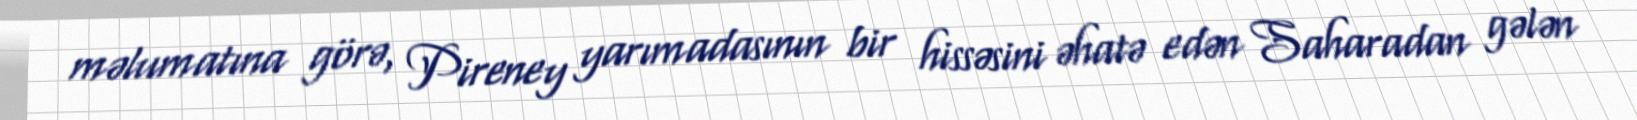
məlumatına görə, Pireney yarımadasının bir hissəsini əhatə edən Saharadan gələn